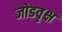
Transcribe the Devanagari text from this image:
जोडवृक्ष